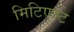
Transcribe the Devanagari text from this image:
मिटिएस्ट